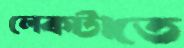
লেকটাতে